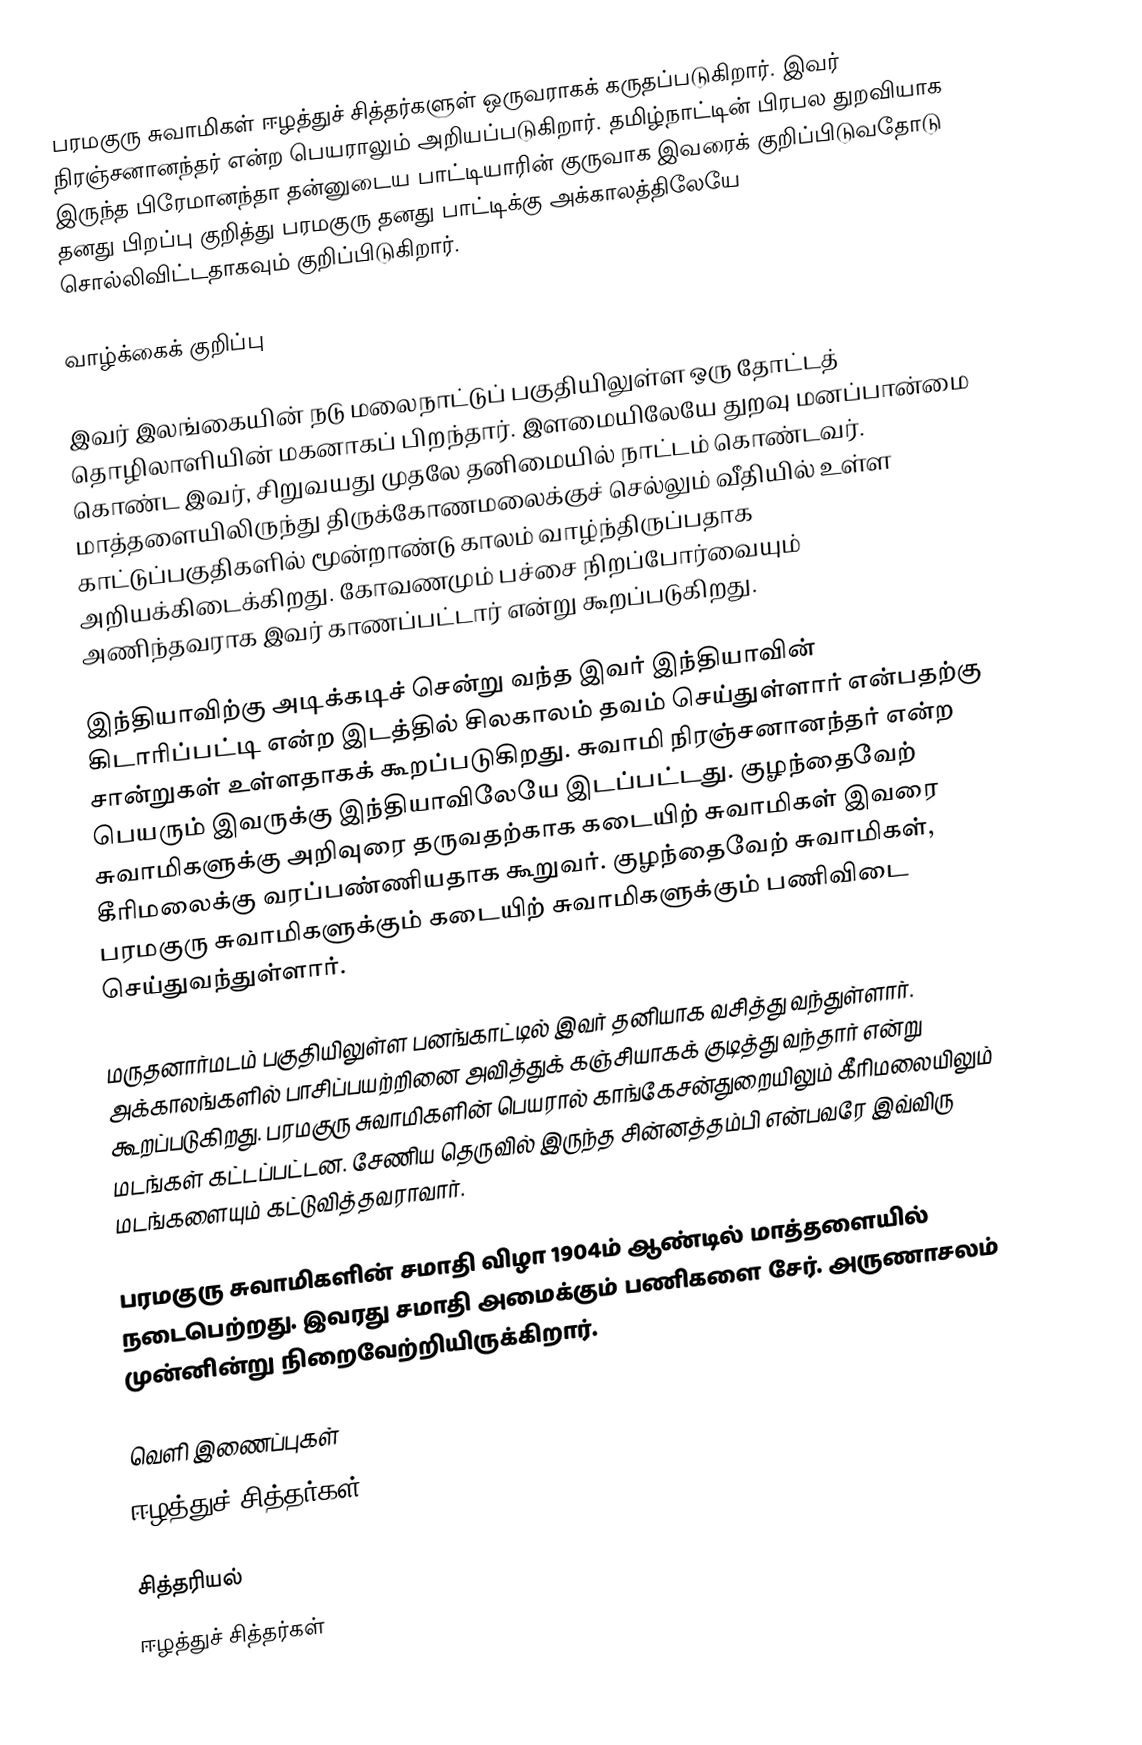
பரமகுரு சுவாமிகள் ஈழத்துச் சித்தர்களுள் ஒருவராகக் கருதப்படுகிறார். இவர் நிரஞ்சனானந்தர் என்ற பெயராலும் அறியப்படுகிறார்.  தமிழ்நாட்டின் பிரபல துறவியாக இருந்த பிரேமானந்தா தன்னுடைய பாட்டியாரின் குருவாக இவரைக் குறிப்பிடுவதோடு  தனது பிறப்பு குறித்து பரமகுரு தனது பாட்டிக்கு அக்காலத்திலேயே சொல்லிவிட்டதாகவும் குறிப்பிடுகிறார்.

வாழ்க்கைக் குறிப்பு

இவர் இலங்கையின் நடு மலைநாட்டுப் பகுதியிலுள்ள ஒரு தோட்டத் தொழிலாளியின் மகனாகப் பிறந்தார். இளமையிலேயே துறவு மனப்பான்மை கொண்ட இவர், சிறுவயது முதலே தனிமையில் நாட்டம் கொண்டவர். மாத்தளையிலிருந்து திருக்கோணமலைக்குச் செல்லும் வீதியில் உள்ள காட்டுப்பகுதிகளில் மூன்றாண்டு காலம் வாழ்ந்திருப்பதாக அறியக்கிடைக்கிறது. கோவணமும் பச்சை நிறப்போர்வையும் அணிந்தவராக இவர் காணப்பட்டார் என்று கூறப்படுகிறது.

இந்தியாவிற்கு அடிக்கடிச் சென்று வந்த இவர் இந்தியாவின் கிடாரிப்பட்டி என்ற இடத்தில் சிலகாலம் தவம் செய்துள்ளார் என்பதற்கு சான்றுகள் உள்ளதாகக் கூறப்படுகிறது. சுவாமி நிரஞ்சனானந்தர் என்ற பெயரும் இவருக்கு இந்தியாவிலேயே இடப்பட்டது.  குழந்தைவேற் சுவாமிகளுக்கு அறிவுரை தருவதற்காக கடையிற் சுவாமிகள் இவரை கீரிமலைக்கு வரப்பண்ணியதாக கூறுவர். குழந்தைவேற் சுவாமிகள், பரமகுரு சுவாமிகளுக்கும் கடையிற் சுவாமிகளுக்கும் பணிவிடை செய்துவந்துள்ளார்.

மருதனார்மடம் பகுதியிலுள்ள பனங்காட்டில் இவர் தனியாக வசித்து வந்துள்ளார். அக்காலங்களில் பாசிப்பயற்றினை அவித்துக் கஞ்சியாகக் குடித்து வந்தார் என்று கூறப்படுகிறது. பரமகுரு சுவாமிகளின் பெயரால் காங்கேசன்துறையிலும் கீரிமலையிலும் மடங்கள் கட்டப்பட்டன. சேணிய தெருவில் இருந்த சின்னத்தம்பி என்பவரே இவ்விரு மடங்களையும் கட்டுவித்தவராவார்.

பரமகுரு சுவாமிகளின் சமாதி விழா 1904ம் ஆண்டில் மாத்தளையில் நடைபெற்றது. இவரது சமாதி அமைக்கும் பணிகளை சேர். அருணாசலம் முன்னின்று நிறைவேற்றியிருக்கிறார்.

வெளி இணைப்புகள்
 ஈழத்துச் சித்தர்கள்

சித்தரியல்
ஈழத்துச் சித்தர்கள்